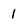
Character: 1